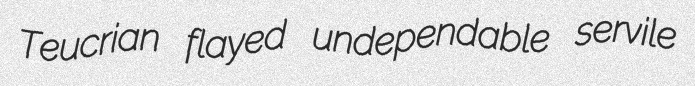
Teucrian flayed undependable servile